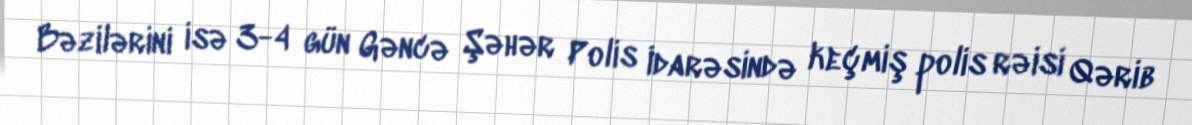
Bəzilərini isə 3-4 gün Gəncə Şəhər Polis İdarəsində keçmiş polis rəisi Qərib